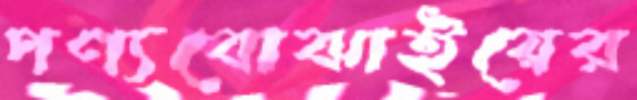
পণ্যবোঝাইয়ের